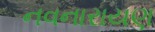
નવનારાયણ